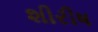
શીરીષ